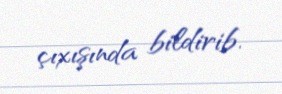
çıxışında bildirib.